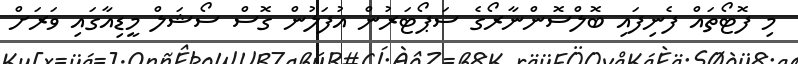
މި ފޮޓޯތައް ފެނިފައި ބޮލްސޮންނާރޯގެ ސަޕޯޓަރުން އުފަލުން ގޮސް ސޯޝަލް މީޑިއާގައި ވަރަށް